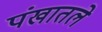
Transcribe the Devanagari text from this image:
पंखातले